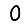
Digit: 0